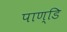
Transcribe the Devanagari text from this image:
पाण्डि